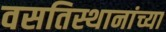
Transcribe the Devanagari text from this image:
वसतिस्थानांच्या